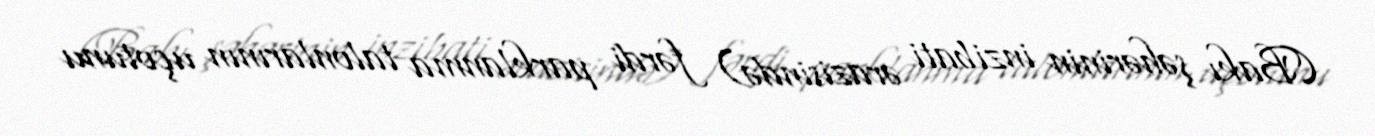
(Bakı şəhərinin inzibati ərazisində) fərdi parklanma talonlarının uçotunu